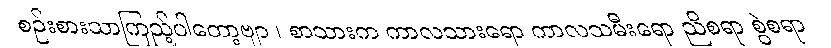
စဉ်းစားသာကြည့်ပါတော့ဗျာ ၊ စာသားက ကာလသားရော ကာလသမီးရော ညိစရာ စွဲစရာ